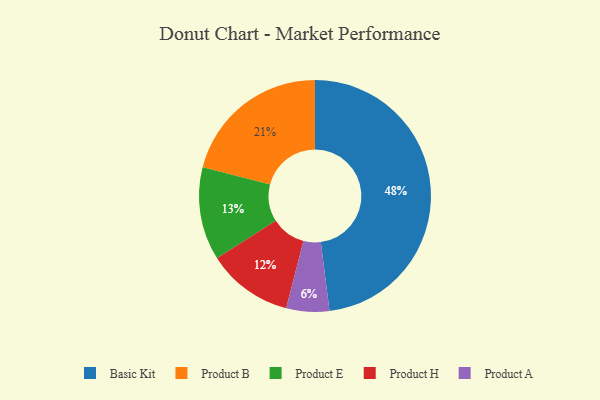
{"axis": {"x": "Category", "y": "Percentage"}, "legend": ["Basic Kit", "Product A", "Product B", "Product E", "Product H"], "data": [{"x": "Basic Kit", "y": 48, "type": "Basic Kit"}, {"x": "Product B", "y": 21, "type": "Product B"}, {"x": "Product H", "y": 12, "type": "Product H"}, {"x": "Product E", "y": 13, "type": "Product E"}, {"x": "Product A", "y": 6, "type": "Product A"}]}